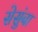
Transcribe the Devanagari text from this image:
सेसुंबा